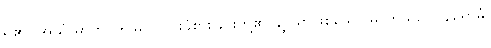
ရှိ၏။ အယံ ဓာတု၊ ဤမှတ်ခြင်းခံစားခြင်းတို့၏ ချုပ်ရာဖြစ်သော ဓာတ်သည်။ နိရောဓံ၊